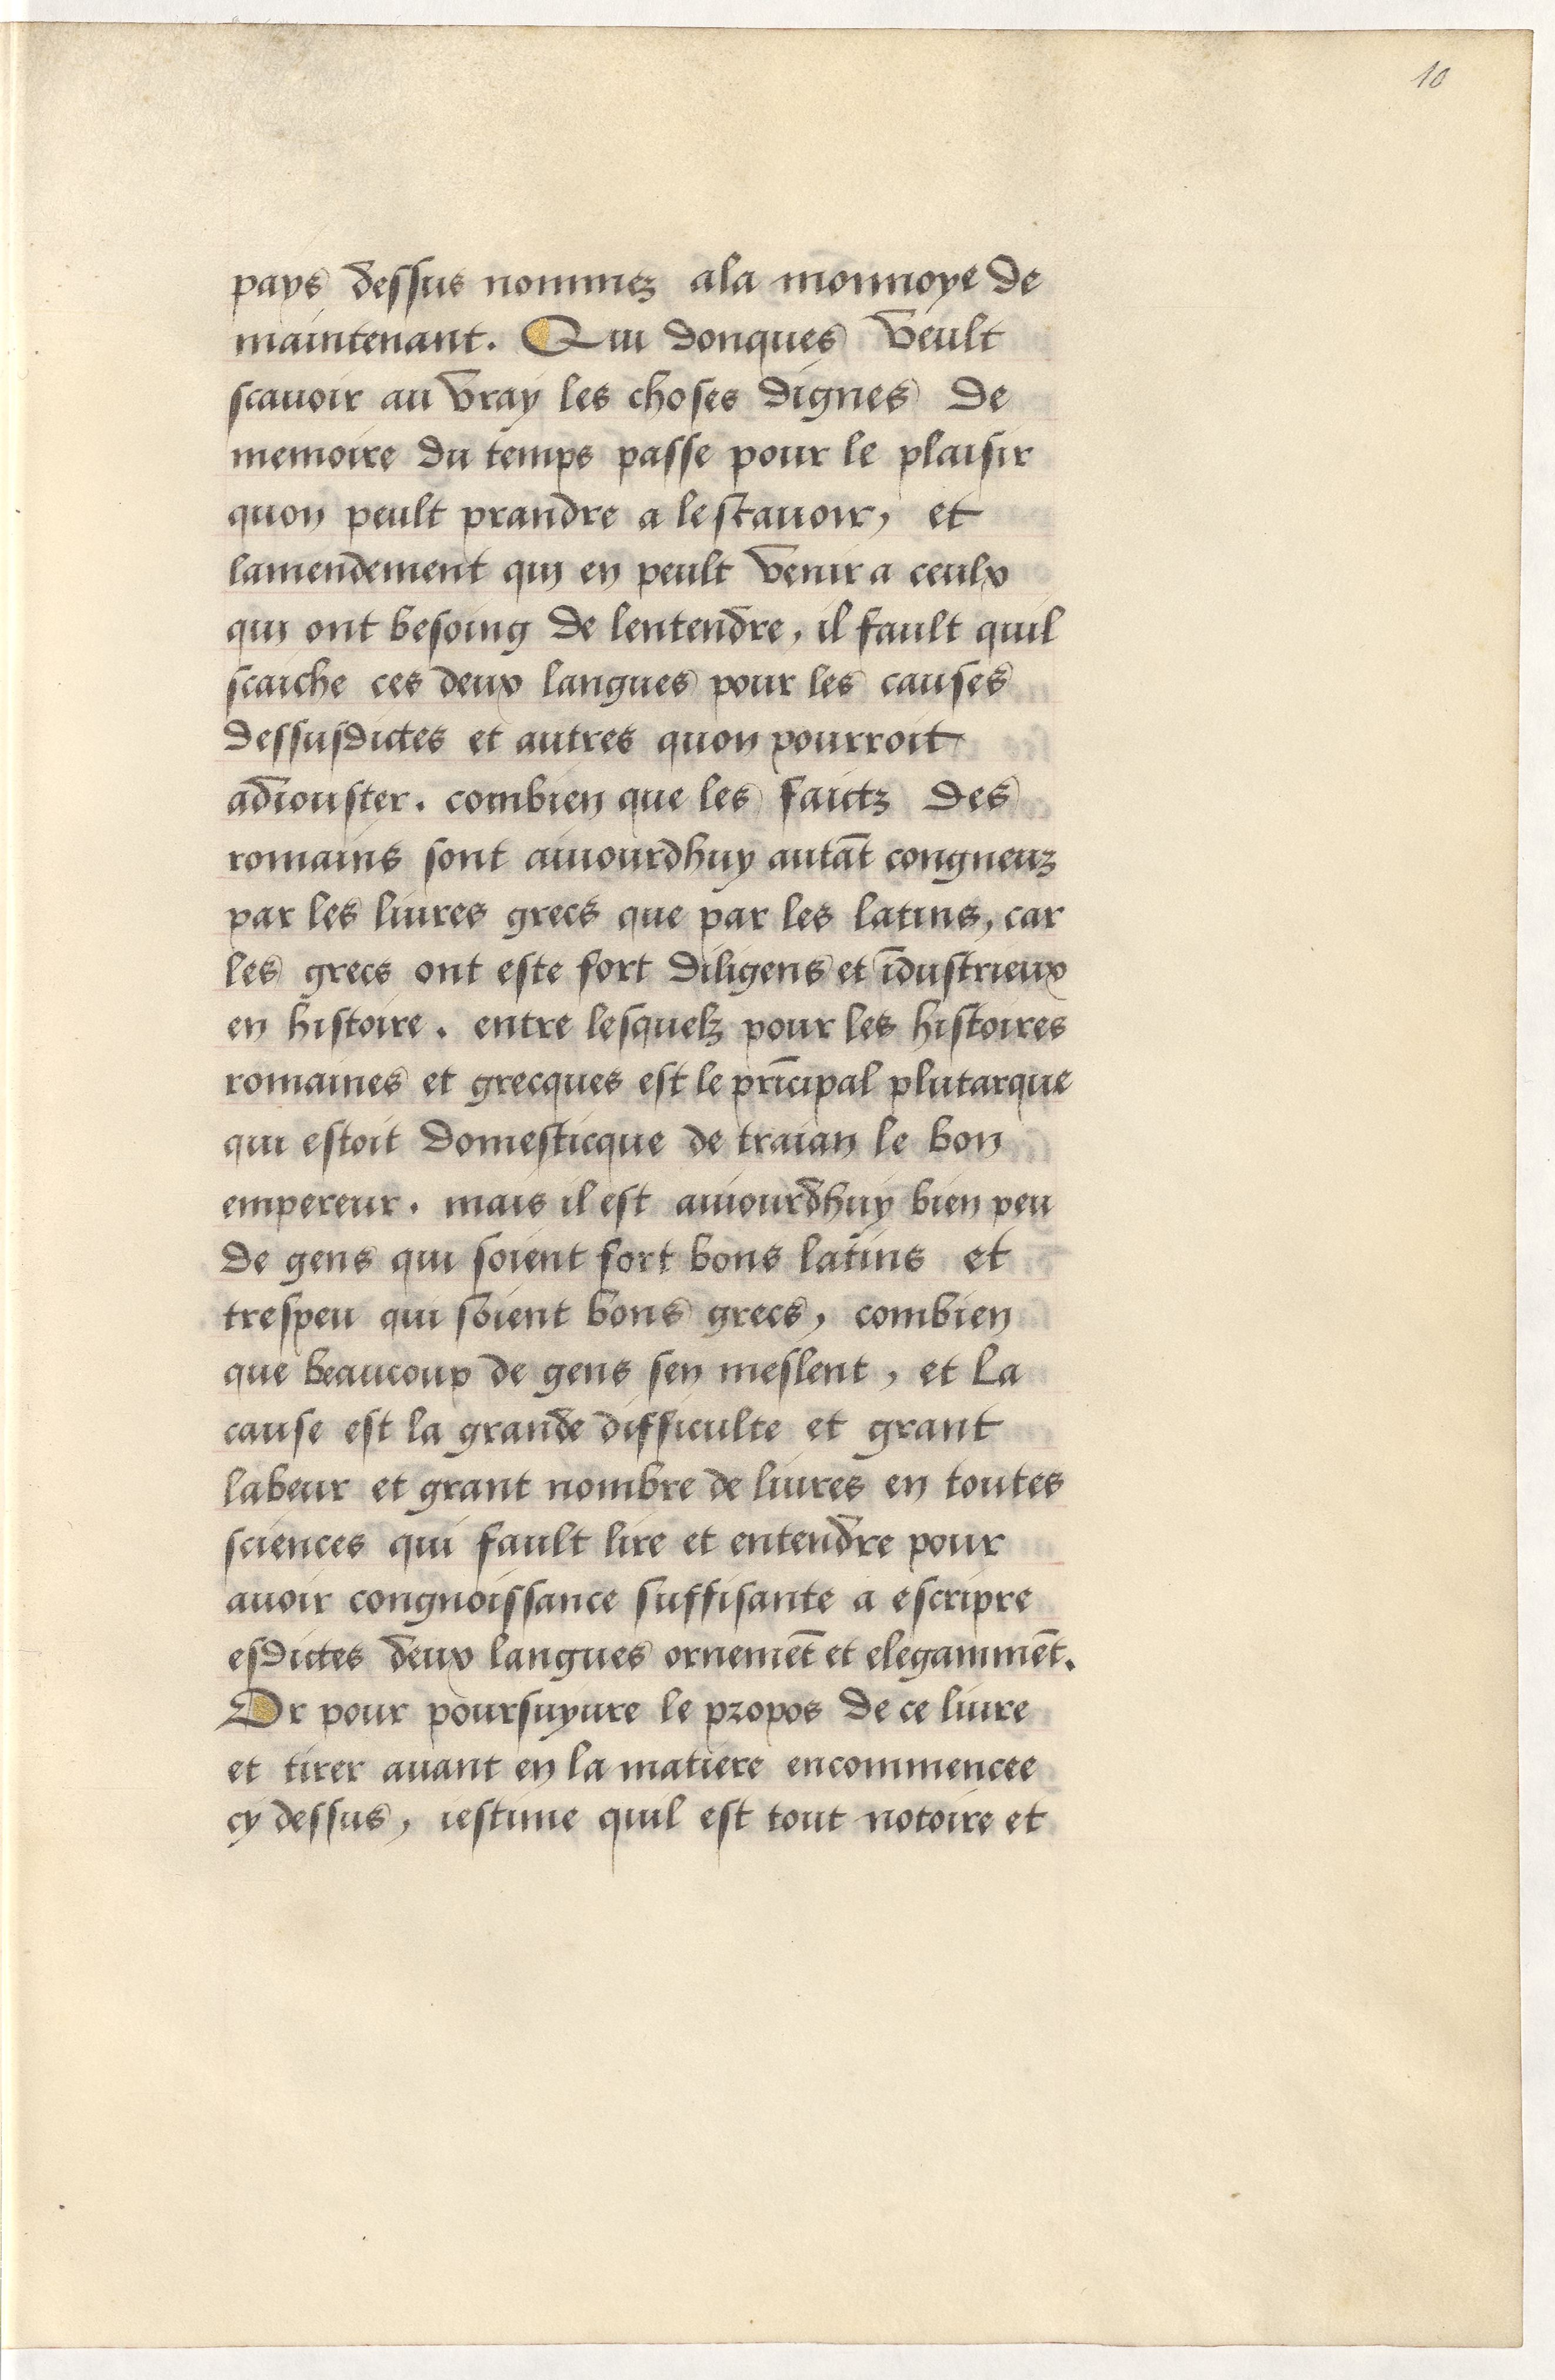
Shelfmark: Paris, BnF, Arsenal, 5103
Century: 15